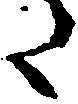
た